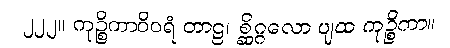
၂၂၂။ ကုဉ္စိကာဝိဝရံ တာဠ၊ စ္ဆိဂ္ဂလော ပျထ ကုဉ္စိကာ။